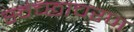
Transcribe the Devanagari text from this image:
स्वेच्छाचरण